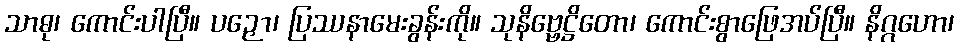
သာဓု၊ ကောင်းပါပြီ။ ပဉှော၊ ပြဿနာမေးခွန်းကို။ သုနိဗ္ဗေဋ္ဌိတော၊ ကောင်းစွာဖြေအပ်ပြီ။ နိဂ္ဂဟော၊